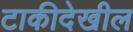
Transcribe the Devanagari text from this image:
टाकीदेखील